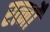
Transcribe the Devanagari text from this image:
रत्नोँ